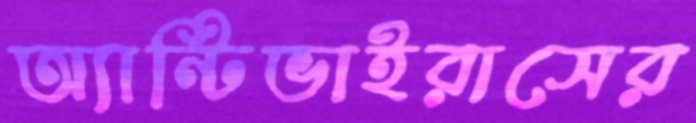
অ্যান্টিভাইরাসের